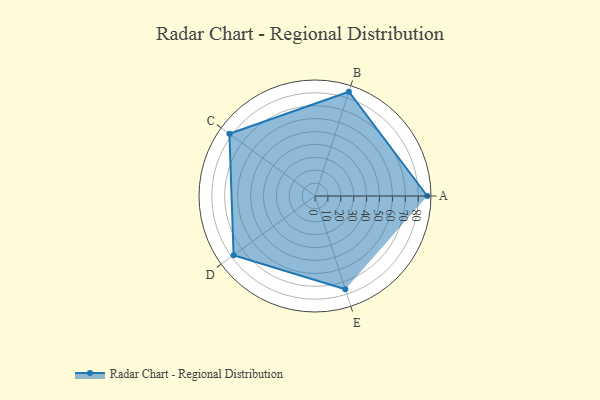
{"axis": {"x": "Skill", "y": "Score"}, "legend": ["Profile"], "data": [{"x": "A", "y": 87.0, "type": "Profile"}, {"x": "B", "y": 85.0, "type": "Profile"}, {"x": "C", "y": 82.0, "type": "Profile"}, {"x": "D", "y": 78.0, "type": "Profile"}, {"x": "E", "y": 76.0, "type": "Profile"}]}